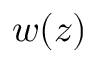
w ( z )